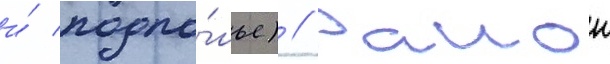
и́ подпо́лье) // Раион